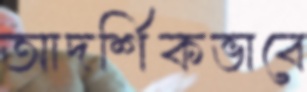
আদর্শিকভাবে